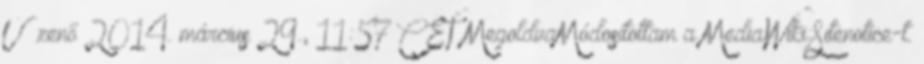
Üzenő 2014. március 29., 11:57 CET MegoldvaMódosítottam a MediaWiki:Sitenotice-t.